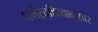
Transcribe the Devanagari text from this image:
धर्मसाहित्यानुसार